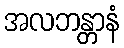
အလဘန္တာနံ